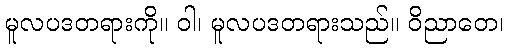
မူလပဒတရားကို။ ဝါ၊ မူလပဒတရားသည်။ ဝိညာတေ၊